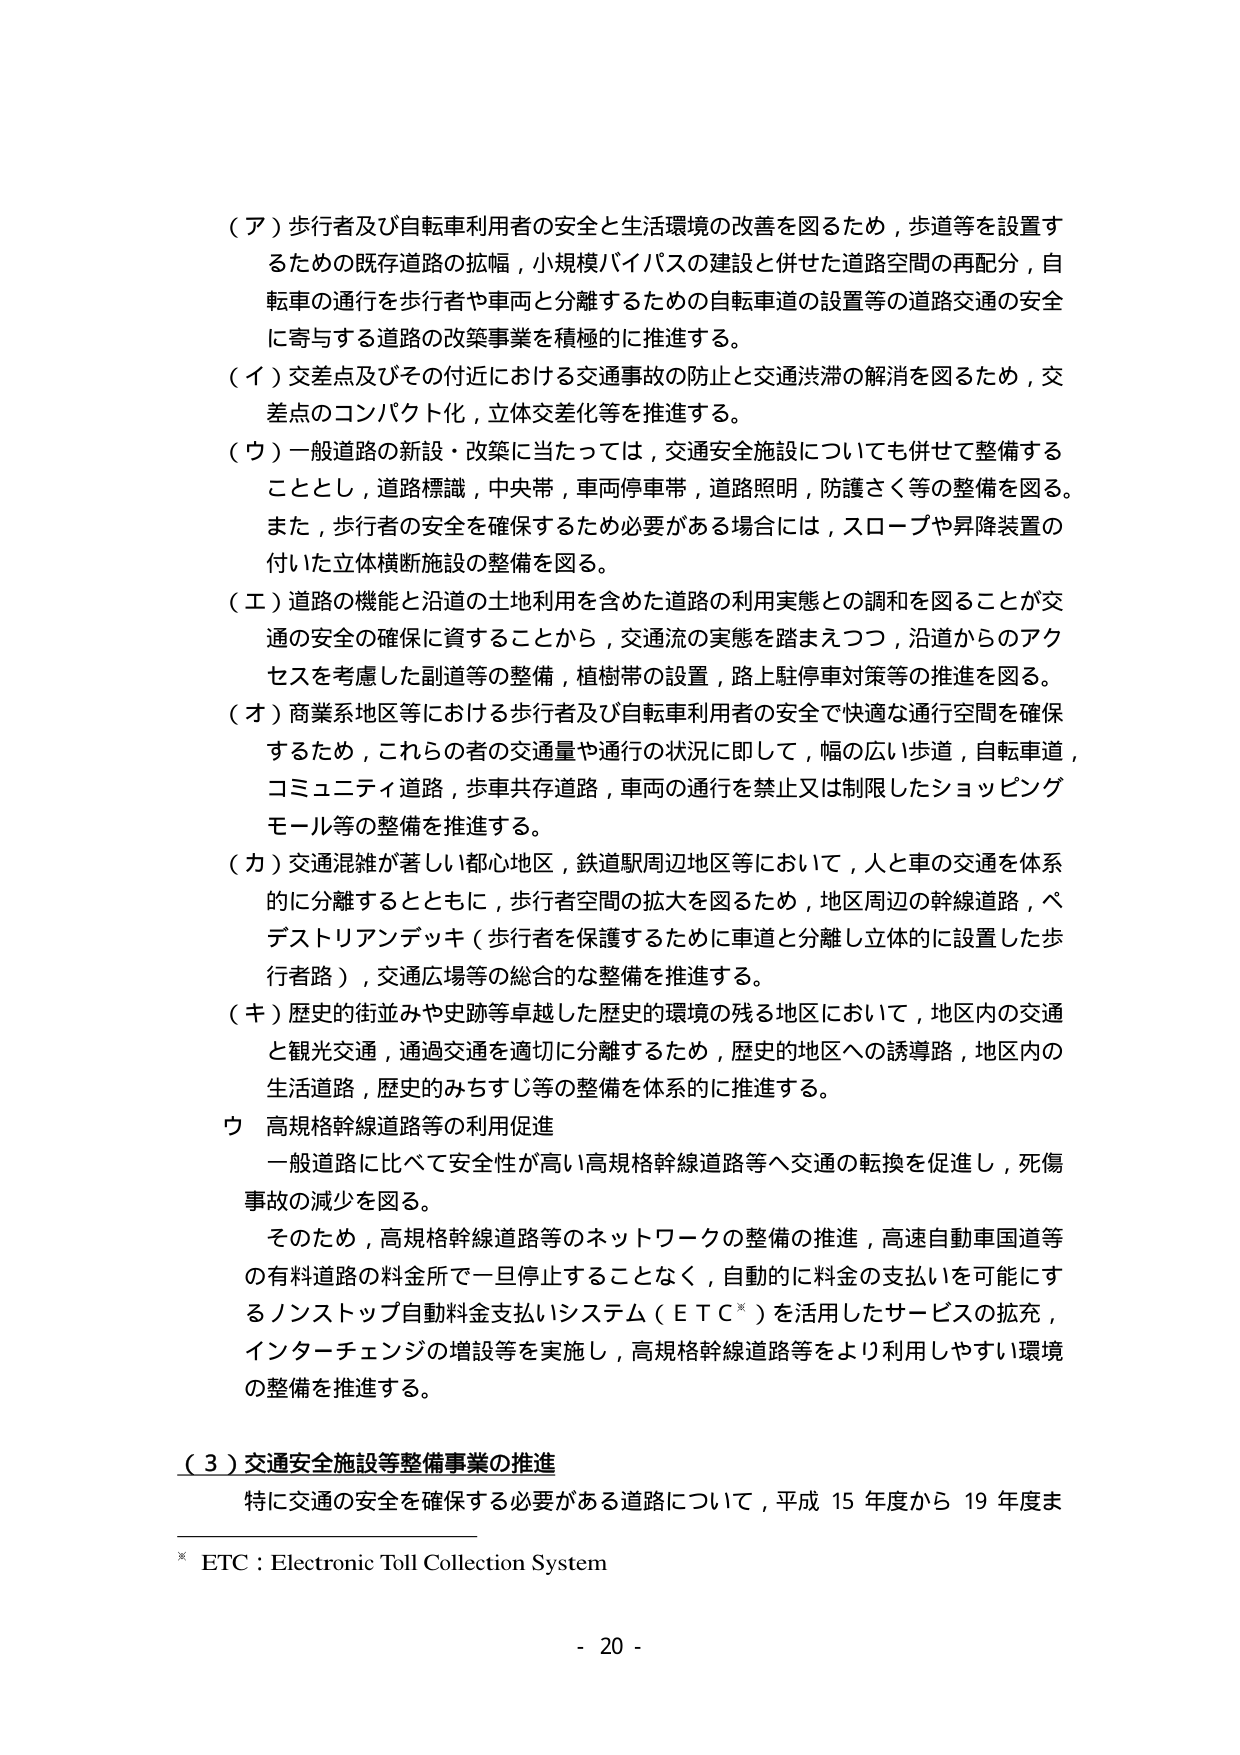
（ア）歩行者及び自転車利用者の安全と生活環境の改善を図るため，歩道等を設置するための既存道路の拡幅，小規模バイパスの建設と併せた道路空間の再配分，自転車の通行を歩行者や車両と分離するための自転車道の設置等の道路交通の安全に寄与する道路の改築事業を積極的に推進する。

（イ）交差点及びその付近における交通事故の防止と交通渋滞の解消を図るため，交差点のコンパクト化，立体交差化等を推進する。

（ウ）一般道路の新設・改築に当たっては，交通安全施設についても併せて整備することとし，道路標識，中央帯，車両停車帯，道路照明，防護さく等の整備を図る。また，歩行者の安全を確保するため必要がある場合には，スロープや昇降装置の付いた立体横断施設の整備を図る。

（エ）道路の機能と沿道の土地利用を含めた道路の利用実態との調和を図ることが交通の安全の確保に資することから，交通流の実態を踏まえつつ，沿道からのアクセスを考慮した副道等の整備，植樹帯の設置，路上駐停車対策等の推進を図る。

（オ）商業系地区等における歩行者及び自転車利用者の安全で快適な通行空間を確保するため，これらの者の交通量や通行の状況に即して，幅の広い歩道，自転車道，コミュニティ道路，歩車共存道路，車両の通行を禁止又は制限したショッピングモール等の整備を推進する。

（カ）交通混雑が著しい都心地区，鉄道駅周辺地区等において，人と車の交通を体系的に分離するとともに，歩行者空間の拡大を図るため，地区周辺の幹線道路，ペデストリアンデッキ（歩行者を保護するために車道と分離し立体的に設置した歩行者路），交通広場等の総合的な整備を推進する。

（キ）歴史的街並みや史跡等卓越した歴史的環境の残る地区において，地区内の交通と観光交通，通過交通を適切に分離するため，歴史的地区への誘導路，地区内の生活道路，歴史的みちすじ等の整備を体系的に推進する。

ウ 高規格幹線道路等の利用促進
一般道路に比べて安全性が高い高規格幹線道路等へ交通の転換を促進し，死傷事故の減少を図る。
そのため，高規格幹線道路等のネットワークの整備の推進，高速自動車国道等の有料道路の料金所で一旦停止することなく，自動的に料金の支払いを可能にするノンストップ自動料金支払いシステム（ＥＴＣ※）を活用したサービスの拡充，インターチェンジの増設等を実施し，高規格幹線道路等をより利用しやすい環境の整備を推進する。

（３）交通安全施設等整備事業の推進
特に交通の安全を確保する必要がある道路について，平成15年度から19年度ま

※ ETC：Electronic Toll Collection System

- 20 -